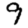
Digit: 9